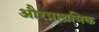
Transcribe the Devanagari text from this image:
औरप्राथमिक